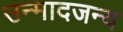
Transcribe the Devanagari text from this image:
उन्मादजन्य